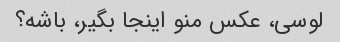
لوسی، عکس منو اینجا بگیر، باشه؟